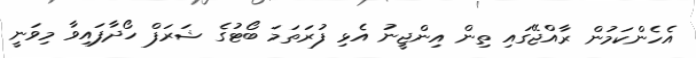
އެހެންކަމުން ރާއްޖޭގައި ތިން އިންޖީނު އެޅި ފުރަތަމަ ބޯޓުގެ ޝަރަފް ހޯދާފައިވާ މިވަނީ